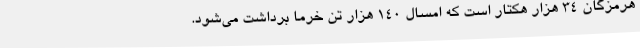
هرمزگان 34 هزار هکتار است که امسال 140 هزار تن خرما برداشت می‌شود.